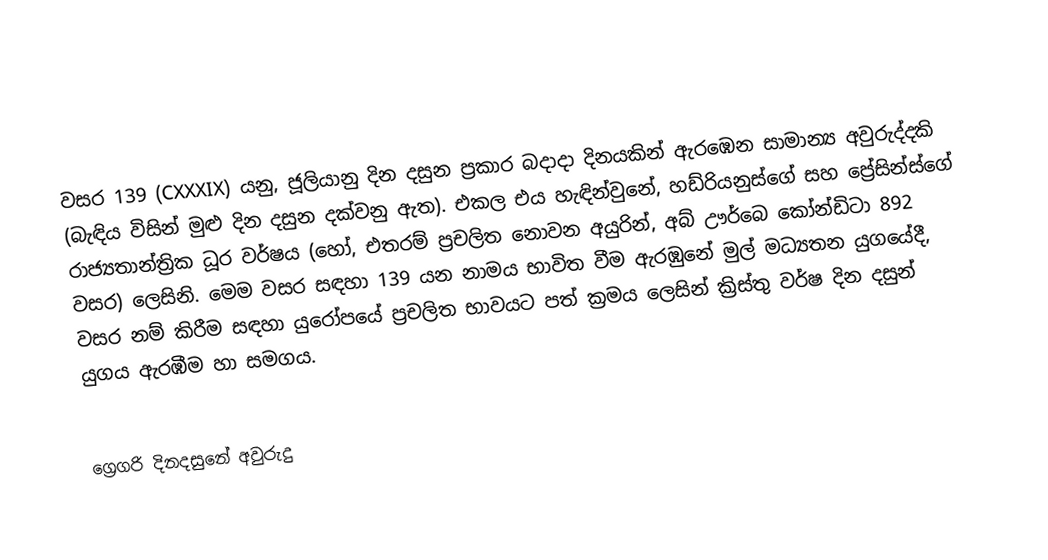

වසර 139 (CXXXIX) යනු,  ජූලියානු දින දසුන ප්‍රකාර   බදාදා දිනයකින් ඇරඹෙන සාමාන්‍ය අවුරුද්දකි  (බැඳිය විසින් මුළු දින දසුන දක්වනු ඇත). එකල එය හැඳින්වුනේ, හඩ්රියනුස්ගේ සහ ප්‍රේසින්ස්ගේ රාජ්‍යතාන්ත්‍රික  ධූර වර්ෂය (හෝ, එතරම් ප්‍රචලිත නොවන අයුරින්,  අබ් ඌර්බෙ කෝන්ඩිටා  892 වසර) ලෙසිනි.  මෙම වසර සඳහා 139 යන නාමය භාවිත වීම ඇරඹුනේ මුල් මධ්‍යතන යුගයේදී, වසර නම් කිරීම සඳහා යුරෝපයේ ප්‍රචලිත භාවයට පත් ක්‍රමය ලෙසින් ක්‍රිස්තු වර්ෂ දින දසුන් යුගය ඇරඹීම හා සමගය.

ග්‍රෙගරි දිනදසුනේ අවුරුදු